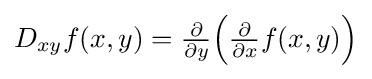
{\textstyle D_{xy}f(x,y)={\frac {\partial }{\partial y}}{\Bigl (}{\frac {\partial }{\partial x}}f(x,y){\Bigr )}}